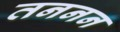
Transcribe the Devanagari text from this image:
तननन